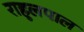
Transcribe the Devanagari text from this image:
राहुलपाल